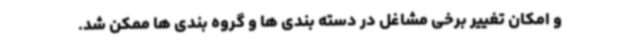
و امکان تغییر برخی مشاغل در دسته بندی ها و گروه بندی ها ممکن شد.